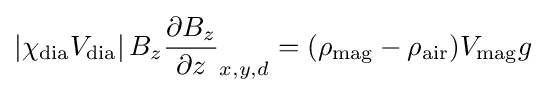
\left|{\chi _{\text{dia}}}{V_{\text{dia}}}\right|B_{z}{\frac {\partial B_{z}}{\partial z}}_{x,y,d}=(\rho _{\text{mag}}-\rho _{\text{air}})V_{\text{mag}}g